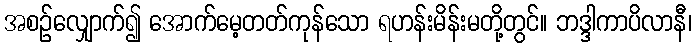
အစဉ်လျှောက်၍ အောက်မေ့တတ်ကုန်သော ရဟန်းမိန်းမတို့တွင်။ ဘဒ္ဒါကာပိလာနီ၊